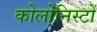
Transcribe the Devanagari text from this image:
कोलोनिस्टों